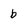
Character: b